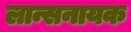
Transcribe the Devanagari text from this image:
लान्सनायक